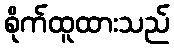
စိုက်ထူထားသည်